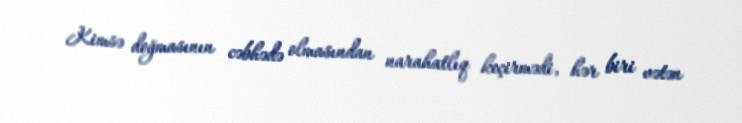
Kimsə doğmasının cəbhədə olmasından narahatlıq keçirmədi, hər biri vətən